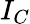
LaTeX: I_{C}